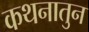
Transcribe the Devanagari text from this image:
कथनातुन